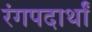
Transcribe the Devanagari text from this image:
रंगपदार्थां